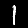
Digit: 1